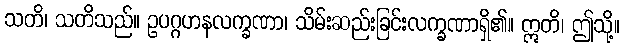
သတိ၊ သတိသည်။ ဥပဂ္ဂဟနလက္ခဏာ၊ သိမ်းဆည်းခြင်းလက္ခဏာရှိ၏။ ဣတိ၊ ဤသို့။